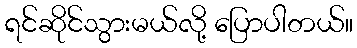
ရင်ဆိုင်သွားမယ်လို့ ပြောပါတယ်။